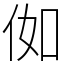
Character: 侞